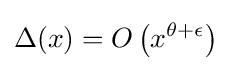
\Delta (x)=O\left(x^{\theta +\epsilon }\right)